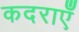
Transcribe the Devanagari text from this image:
कदराएँ